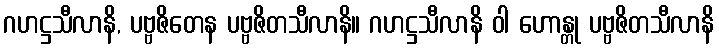
ဂဟဋ္ဌသီလာနိ, ပဗ္ဗဇိတေန ပဗ္ဗဇိတသီလာနိ။ ဂဟဋ္ဌသီလာနိ ဝါ ဟောန္တု ပဗ္ဗဇိတသီလာနိ